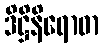
ဒိဋ္ဌိနိရောဓာ